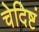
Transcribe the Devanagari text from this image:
चेदिष्टं